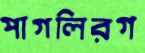
পাগলিরগ